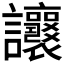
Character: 𧮨